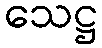
သေဋ္ဌ